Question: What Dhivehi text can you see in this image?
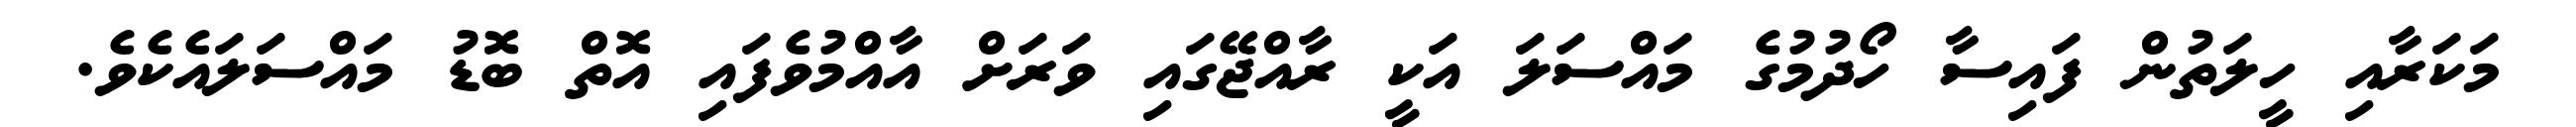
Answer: މަކަރާއި ހީލަތުން ފައިސާ ހޯދުމުގެ މައްސަލަ އަކީ ރާއްޖޭގައި ވަރަށް އާއްމުވެފައި އޮތް ބޮޑު މައްސަލައެކެވެ.